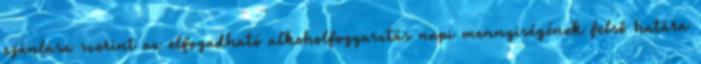
ajánlása szerint az elfogadható alkoholfogyasztás napi mennyiségének felső határa